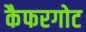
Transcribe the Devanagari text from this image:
कैफरगोट